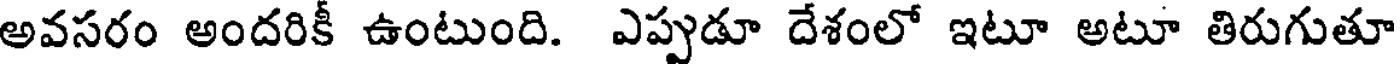
అవసరం అందరికీ ఉంటుంది. ఎప్పుడూ దేశంలో ఇటూ అటూ తిరుగుతూ